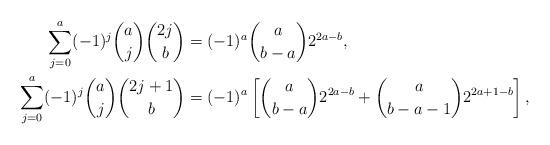
LaTeX: \begin{align*}\sum_{j=0}^a(-1)^j\binom{a}{j}\binom{2j}{b}&=(-1)^a\binom{a}{b-a}2^{2a-b},\\\sum_{j=0}^a(-1)^j\binom{a}{j}\binom{2j+1}{b}&=(-1)^a\left[\binom{a}{b-a}2^{2a-b}+\binom{a}{b-a-1}2^{2a+1-b}\right],\end{align*}